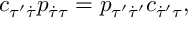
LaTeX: c _ { \tau ^ { \prime } \dot { \tau } } p _ { \dot { \tau } \tau } = p _ { \tau ^ { \prime } \dot { \tau } ^ { \prime } } c _ { \dot { \tau } ^ { \prime } \tau } ,